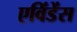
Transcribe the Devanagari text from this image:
एविंडेंस